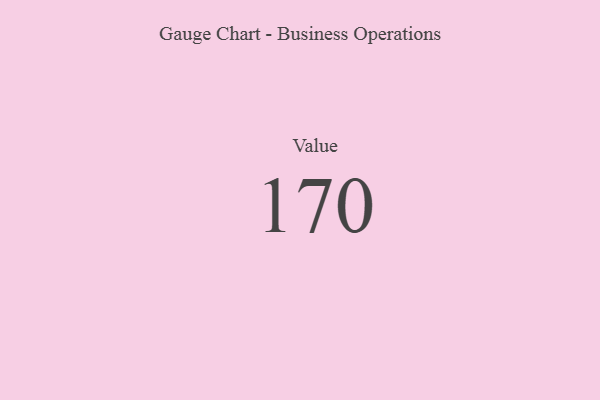
{"axis": {"x": "Metric", "y": "Value"}, "legend": [""], "data": [{"x": "Value", "y": 170, "type": ""}]}